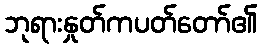
ဘုရားနှုတ်ကပတ်တော်၏